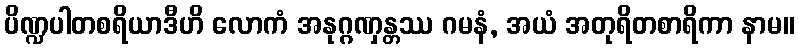
ပိဏ္ဍပါတစရိယာဒီဟိ လောကံ အနုဂ္ဂဏှန္တဿ ဂမနံ, အယံ အတုရိတစာရိကာ နာမ။